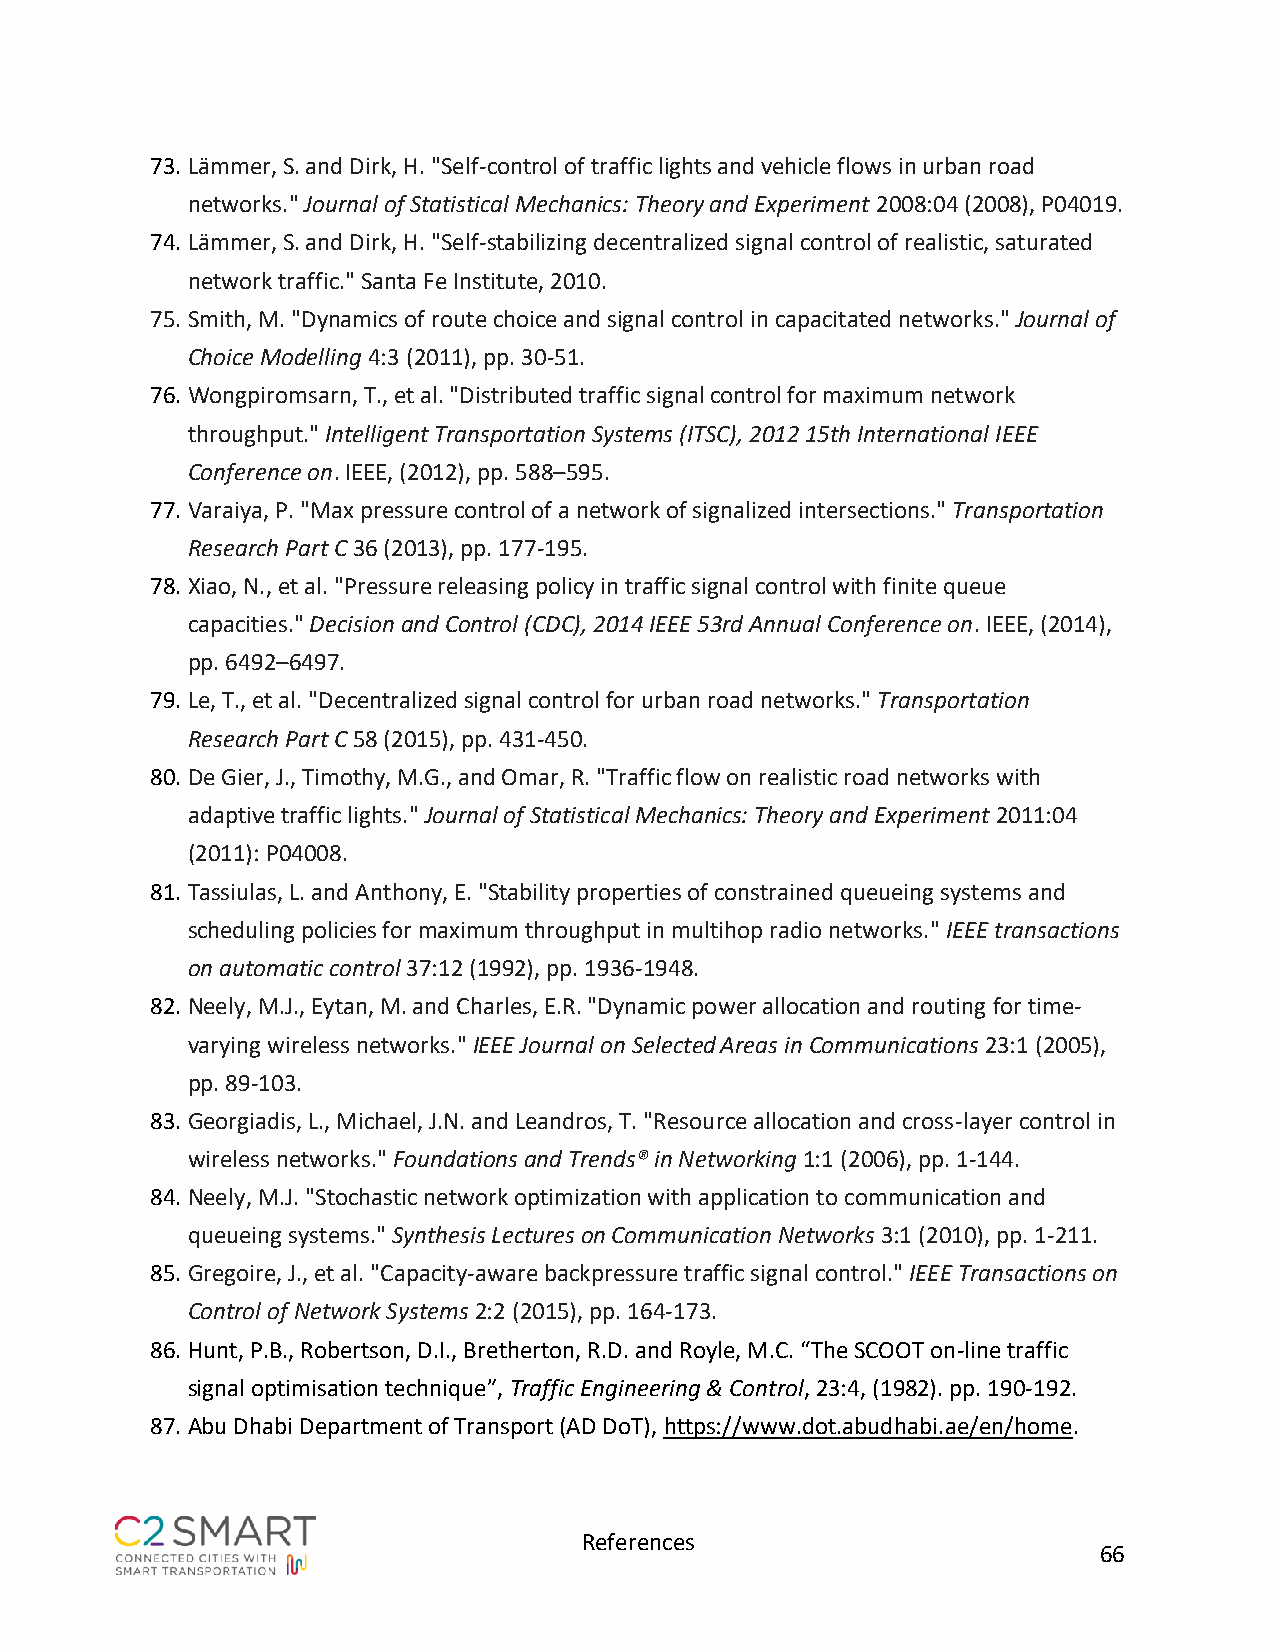
73. Lämmer, S. and Dirk, H. "Self-control of traffic lights and vehicle flows in urban road
 networks." Journal of Statistical Mechanics: Theory and Experiment 2008:04 (2008), P04019.
 74. Lämmer, S. and Dirk, H. "Self-stabilizing decentralized signal control of realistic, saturated
 network traffic." Santa Fe Institute, 2010.
 75. Smith, M. "Dynamics of route choice and signal control in capacitated networks." Journal of
 Choice Modelling 4:3 (2011), pp. 30-51.
 76. Wongpiromsarn, T., et al. "Distributed traffic signal control for maximum network
 throughput." Intelligent Transportation Systems (ITSC), 2012 15th International IEEE
 Conference on. IEEE, (2012), pp. 588–595.
 77. Varaiya, P. "Max pressure control of a network of signalized intersections." Transportation
 Research Part C 36 (2013), pp. 177-195.
 78. Xiao, N., et al. "Pressure releasing policy in traffic signal control with finite queue
 capacities." Decision and Control (CDC), 2014 IEEE 53rd Annual Conference on. IEEE, (2014),
 pp. 6492–6497.
 79. Le, T., et al. "Decentralized signal control for urban road networks." Transportation
 Research Part C 58 (2015), pp. 431-450.
 80. De Gier, J., Timothy, M.G., and Omar, R. "Traffic flow on realistic road networks with
 adaptive traffic lights." Journal of Statistical Mechanics: Theory and Experiment 2011:04
 (2011): P04008.
 81. Tassiulas, L. and Anthony, E. "Stability properties of constrained queueing systems and
 scheduling policies for maximum throughput in multihop radio networks." IEEE transactions
 on automatic control 37:12 (1992), pp. 1936-1948.
 82. Neely, M.J., Eytan, M. and Charles, E.R. "Dynamic power allocation and routing for time-
 varying wireless networks." IEEE Journal on Selected Areas in Communications 23:1 (2005),
 pp. 89-103.
 83. Georgiadis, L., Michael, J.N. and Leandros, T. "Resource allocation and cross-layer control in
 wireless networks." Foundations and Trends® in Networking 1:1 (2006), pp. 1-144.
 84. Neely, M.J. "Stochastic network optimization with application to communication and
 queueing systems." Synthesis Lectures on Communication Networks 3:1 (2010), pp. 1-211.
 85. Gregoire, J., et al. "Capacity-aware backpressure traffic signal control." IEEE Transactions on
 Control of Network Systems 2:2 (2015), pp. 164-173.
 86. Hunt, P.B., Robertson, D.I., Bretherton, R.D. and Royle, M.C. “The SCOOT on-line traffic
 signal optimisation technique”, Traffic Engineering & Control, 23:4, (1982). pp. 190-192.
 87. Abu Dhabi Department of Transport (AD DoT), https://www.dot.abudhabi.ae/en/home.
 References
 66